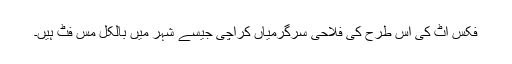
فکس اٹ کی اس طرح کی فلاحی سرگرمیاں کراچی جیسے شہر میں بالکل مس فٹ ہیں۔